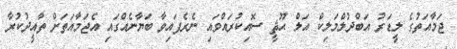
ޖަމާއަތުގެ ލީޑަރު އަބްދުލްމަލިކް އަލް ޙޫޘީ ސޮއިކުރައްވައި ނެރެފައިވާ ބަޔާނެއްގައި އެޖަމާއަތަށް ތާއީދުކުރާ